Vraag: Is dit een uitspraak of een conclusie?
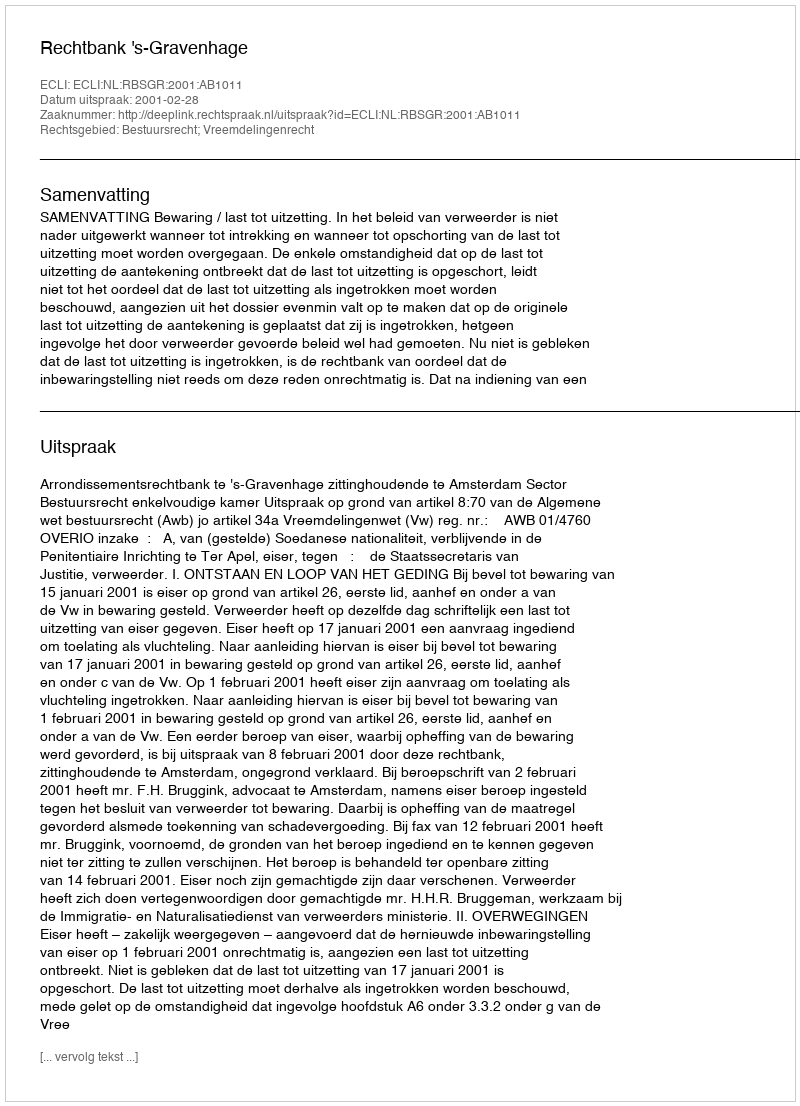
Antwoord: Uitspraak